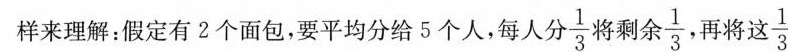
样来理解：假定有2个面包，要平均分给5个人，每人分\frac{1}{3}，将剩余 \frac{1}{3}， 再将这\frac{1}{3}